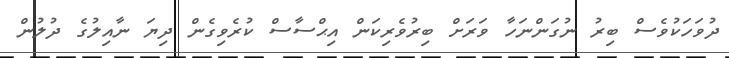
ދުވަހަކުވެސް ބިރު ނުގަންނަހާ ވަރަށް ބިރުވެރިކަން އިޙްސާސް ކުރެވިގެން ދިޔަ ނާއިލުގެ ދުލުން